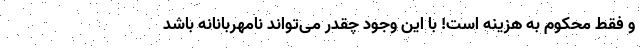
و فقط محکوم به هزینه است! با این وجود چقدر می‌تواند نامهربانانه باشد